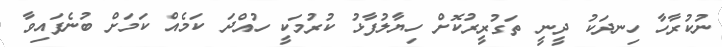
ނުކުރާހާ ހިނދަކު ދީނީ ތަގުރީރުކޮށް ހިޔާލުފާޅު ކުރުމަކީ ހުއްދަ ކަމެއް ކަމަށް ބުނެފައިވާ